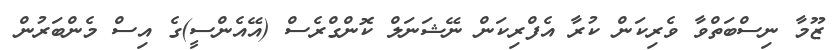
ޒޫމާ ނިސްބަތްވާ ވެރިކަން ކުރާ އެފްރިކަން ނޭޝަނަލް ކޮންގްރެސް (އޭއެންސީ)ގެ އިސް މެންބަރުން